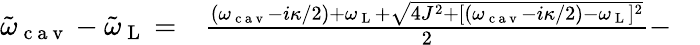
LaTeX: \begin{array}{rlr}{\tilde{\omega}_{\mathrm{~c~a~v~}}-\tilde{\omega}_{\mathrm{~L~}}=}&{{}\frac{(\omega_{\mathrm{~c~a~v~}}-i\kappa/2)+\omega_{\mathrm{~L~}}+\sqrt{4J^{2}+[(\omega_{\mathrm{~c~a~v~}}-i\kappa/2)-\omega_{\mathrm{~L~}}]{}^{2}}}{2}-}&{}\end{array}